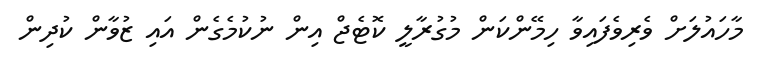
މާހައުލަށް ވެރިވެފައިވާ ހިމޭންކަން މުގުރާލީ ކޮޓެޖް އިން ނުކުމެގެން އައި ޒުވާން ކުދިން